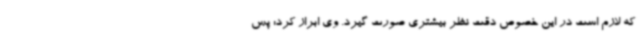
که لازم است در این خصوص دقت نظر بیشتری صورت‌ گیرد. وی ابراز کرد: پس